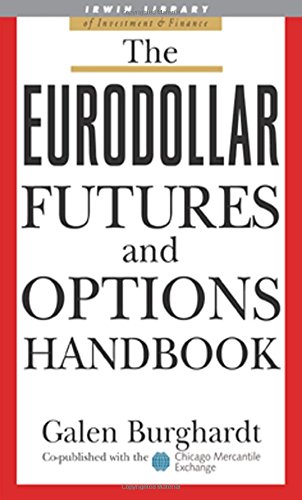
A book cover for The Eurodollar Futures and Options Handbook (McGraw-Hill Library of Investment and Finance); Galen Burghardt; Business & Money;